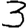
Digit: 3